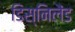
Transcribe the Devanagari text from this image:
डिस्निलैंड